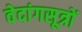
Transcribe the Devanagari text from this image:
वेदांगसूत्रों